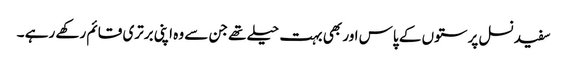
سفید نسل پرستوں کے پاس اور بھی بہت حیلے تھے جن سے وہ اپنی برتری قائم رکھے رہے ۔